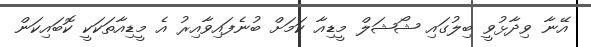
އޭނާ ވިދާޅުވީ ބިލުގައި ޝޯޝަލް މީޑިއާ ކަމަށް ބުނެފައިވާއިރު އެ މީޑިއާތަކަކީ ކޮބައިކަން